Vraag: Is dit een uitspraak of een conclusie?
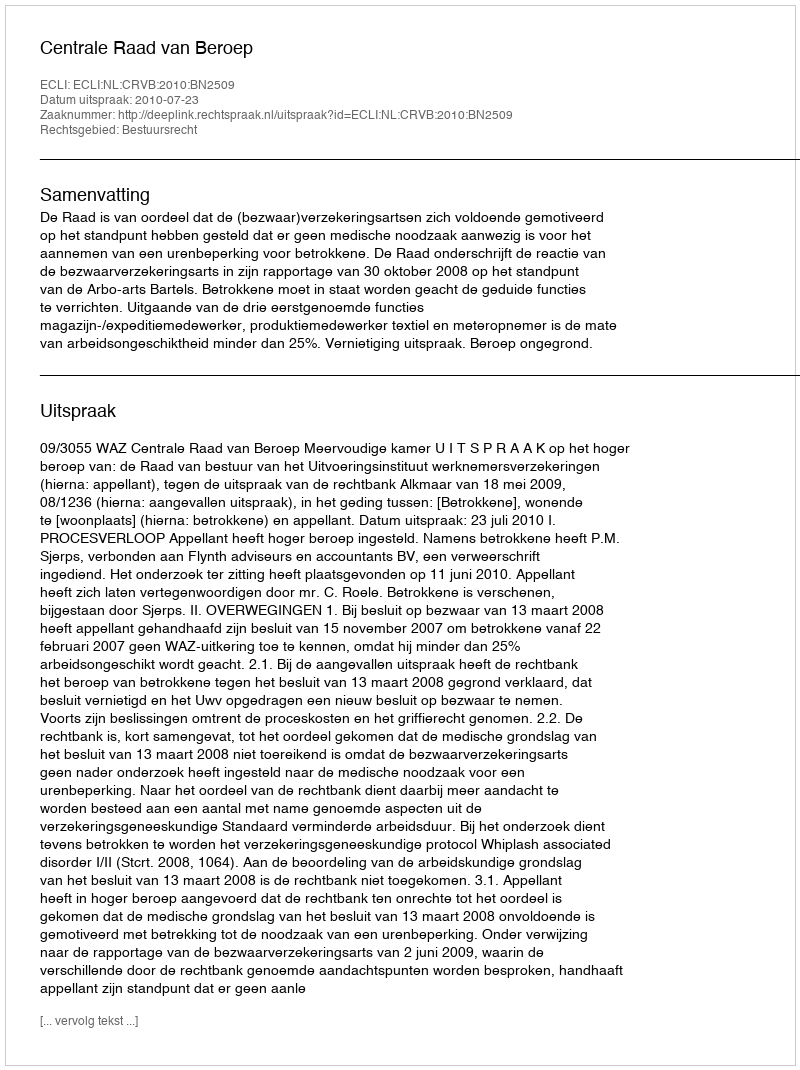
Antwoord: Uitspraak